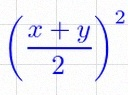
\left(\frac{x+y}{2}\right)^2